Scottish Leaving Certificate Examination, 1955
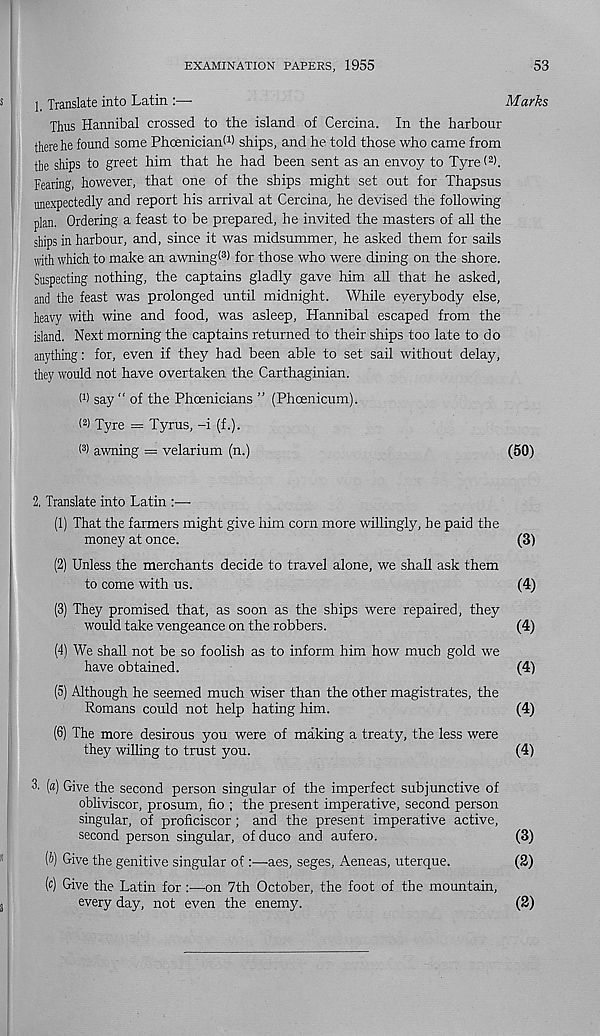
EXAMINATION PAPERS, 1955
53
1, Translate into Latin :—■
Thus Hannibal crossed to the island of Cercina. In the harbour
there he found some Phceniciant 1 ) ships, and he told those who came from
the ships to greet him that he had been sent as an envoy to Tyre( 2 >.
Fearing, however, that one of the ships might set out for Thapsus
unexpectedly and report his arrival at Cercina, he devised the following
plan. Ordering a feast to be prepared, he invited the masters of all the
ships in harbour, and, since it was midsummer, he asked them for sails
with which to make an awning< 3 ) for those who were dining on the shore.
Suspecting nothing, the captains gladly gave him all that he asked,
and the feast was prolonged until midnight. While everybody else,
heavy with wine and food, was asleep, Hannibal escaped from the
island. Next morning the captains returned to their ships too late to do
anything: for, even if they had been able to set sail without delay,
they would not have overtaken the Carthaginian.
I 1 ) say “ of the Phoenicians ” (Phcenicum).
f 2 > Tyre = Tyrus, -i (f.).
t 3 > awning = velarium (n.)
2. Translate into Latin :—■
(1) That the farmers might give him corn more willingly, he paid the
money at once.
(2) Unless the merchants decide to travel alone, we shall ask them
to come with us.
(3) They promised that, as soon as the ships were repaired, they
would take vengeance on the robbers.
(4) We shall not be so foolish as to inform him how much gold we
have obtained.
(5) Although he seemed much wiser than the other magistrates, the
Romans could not help hating him.
(6) The more desirous you were of making a treaty, the less were
they willing to trust you.
3. («) Give the second person singular of the imperfect subjunctive of
obliviscor, prosum, fio ; the present imperative, second person
singular, of proficiscor; and the present imperative active,
second person singular, ofduco and aufero.
(ft) Give the genitive singular of :—-aes, seges, Aeneas, uterque.
(c) Give the Latin for:—on 7th October, the foot of the mountain,
every day, not even the enemy.
Marks
(50)
(3)
(4)
(4)
(4)
(4)
(4)
(3)
(2)
(2)